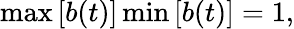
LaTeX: \begin{array}{r}{\operatorname*{max}\left[{b}(t)\right]\operatorname*{min}\left[{b}(t)\right]=1,}\end{array}